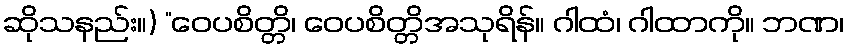
ဆိုသနည်း။) “ဝေပစိတ္တိ၊ ဝေပစိတ္တိအသုရိန်။ ဂါထံ၊ ဂါထာကို။ ဘဏ၊